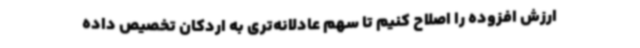
ارزش افزوده را اصلاح کنیم تا سهم عادلانه‌تری به اردکان تخصیص داده